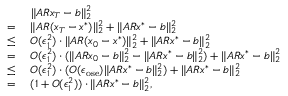
\begin{array} { r l } & { ~ \| A R x _ { T } - b \| _ { 2 } ^ { 2 } } \\ { = } & { ~ \| A R ( x _ { T } - x ^ { * } ) \| _ { 2 } ^ { 2 } + \| A R x ^ { * } - b \| _ { 2 } ^ { 2 } } \\ { \leq } & { ~ O ( \epsilon _ { 1 } ^ { 2 } ) \cdot \| A R ( x _ { 0 } - x ^ { * } ) \| _ { 2 } ^ { 2 } + \| A R x ^ { * } - b \| _ { 2 } ^ { 2 } } \\ { = } & { ~ O ( \epsilon _ { 1 } ^ { 2 } ) \cdot ( \| A R x _ { 0 } - b \| _ { 2 } ^ { 2 } - \| A R x ^ { * } - b \| _ { 2 } ^ { 2 } ) + \| A R x ^ { * } - b \| _ { 2 } ^ { 2 } } \\ { \leq } & { ~ O ( \epsilon _ { 1 } ^ { 2 } ) \cdot ( O ( \epsilon _ { \mathrm { o s e } } ) \| A R x ^ { * } - b \| _ { 2 } ^ { 2 } ) + \| A R x ^ { * } - b \| _ { 2 } ^ { 2 } } \\ { = } & { ~ ( 1 + O ( \epsilon _ { 1 } ^ { 2 } ) ) \cdot \| A R x ^ { * } - b \| _ { 2 } ^ { 2 } , } \end{array}